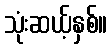
သုံးဆယ့်နှစ်။